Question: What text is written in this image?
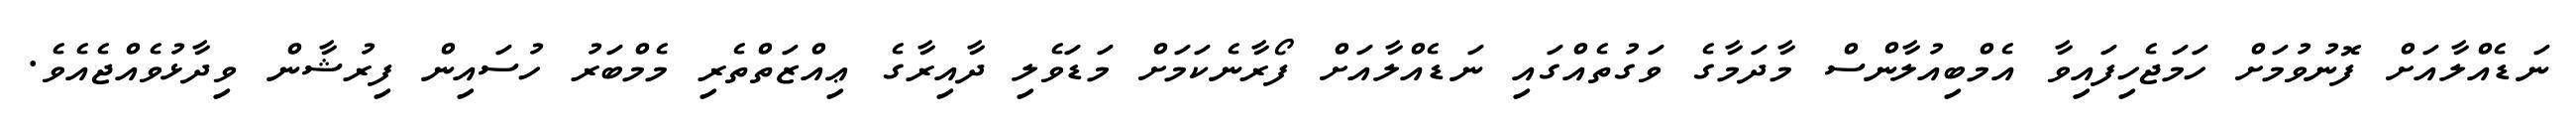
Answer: ނަޑެއްލާއަށް ފޮނުވުމަށް ހަމަޖެހިފައިވާ އެމްބިއުލާންސް މާދަމާގެ ވަގުތެއްގައި ނަޑެއްލާއަށް ފޯރާނެކަމަށް މަޑަވެލި ދާއިރާގެ ޢިއްޒަތްތެރި މެމްބަރު ހުސައިން ފިރުޝާން ވިދާޅުވެއްޖެއެވެ.